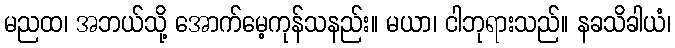
မညထ၊ အဘယ်သို့ အောက်မေ့ကုန်သနည်း။ မယာ၊ ငါဘုရားသည်။ နခသိခါယံ၊